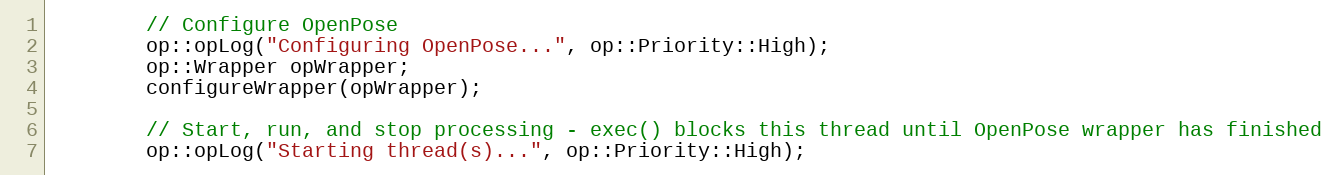
Language: C++
        // Configure OpenPose
        op::opLog("Configuring OpenPose...", op::Priority::High);
        op::Wrapper opWrapper;
        configureWrapper(opWrapper);

        // Start, run, and stop processing - exec() blocks this thread until OpenPose wrapper has finished
        op::opLog("Starting thread(s)...", op::Priority::High);